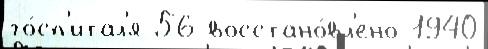
го́сп'итал'я 56 восстано́вл'ено 1940